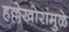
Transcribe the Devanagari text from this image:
हल्लेखोरांमुळे